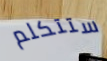
ستتكلم